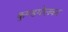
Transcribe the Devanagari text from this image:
कुण्डगोलकर